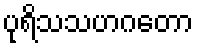
ပုရိသသဟဂတော